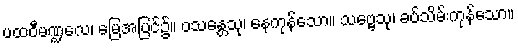
ပထဝီမဏ္ဍလေ၊ မြေအပြင်၌။ ဝသန္တေသု၊ နေကုန်သော။ သဗ္ဗေသု၊ ခပ်သိမ်းကုန်သော။